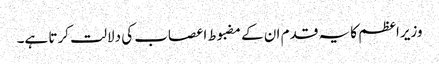
وزیراعظم کا یہ قدم ان کے مضبوط اعصاب کی دلالت کرتا ہے۔